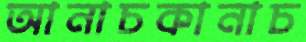
আনাচকানাচ